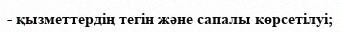
- қызметтердің тегін және сапалы көрсетілуі;